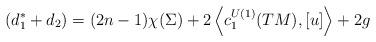
LaTeX: \begin{align*}~(d_{1}^{*}+d_{2}) = (2n-1)\chi(\Sigma) + 2 \left\langle c^{U(1)}_{1}(TM), [u] \right\rangle + 2g\end{align*}